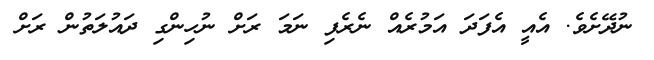
ނުދޭށެވެ. އެއީ އެފަދަ އަމުރެއް ނެރެފި ނަމަ ރަށް ނުހިންގި ދައުލަތުން ރަށް